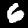
Label: 6